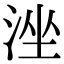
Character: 𣴶